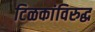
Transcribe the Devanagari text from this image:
टिळकांविरुद्ध